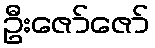
ဦးဇော်ဇော်